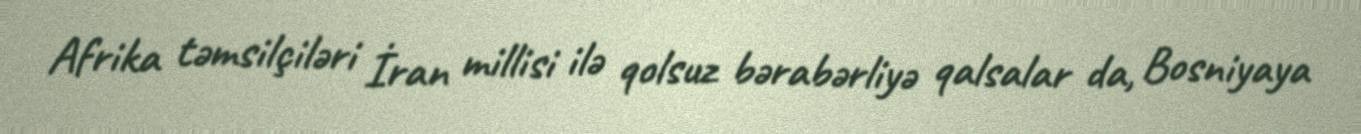
Afrika təmsilçiləri İran millisi ilə qolsuz bərabərliyə qalsalar da, Bosniyaya